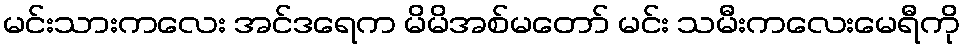
မင်းသားကလေး အင်ဒရေက မိမိအစ်မတော် မင်း သမီးကလေးမေရီကို